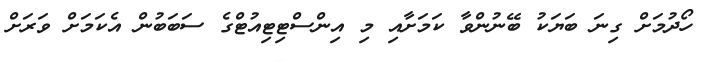
ހޯދުމަށް ގިނަ ބަޔަކު ބޭނުންވާ ކަމަށާއި މި އިންސްޓިޓިއުޓްގެ ސަބަބުން އެކަމަށް ވަރަށް